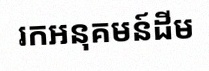
រកអនុគមន៍ដើម